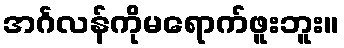
အင်္ဂလန်ကိုမရောက်ဖူးဘူး။